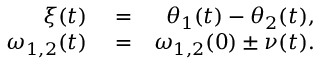
\begin{array} { r l r } { \xi ( t ) } & { { } = } & { \theta _ { 1 } ( t ) - \theta _ { 2 } ( t ) , } \\ { \omega _ { 1 , 2 } ( t ) } & { { } = } & { \omega _ { 1 , 2 } ( 0 ) \pm \nu ( t ) . } \end{array}